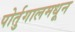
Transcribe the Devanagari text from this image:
पोर्तुगालमधून